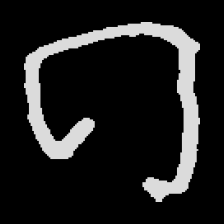
Pyu character \u2014 Myanmar letter: ဂ (romanized: ga)